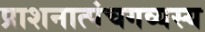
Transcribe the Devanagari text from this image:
प्राशनात्पंचगव्यस्य